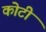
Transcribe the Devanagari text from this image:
कोटीं